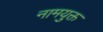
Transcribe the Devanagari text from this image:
नामयुक्त